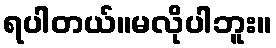
ရပါတယ်။မလိုပါဘူး။